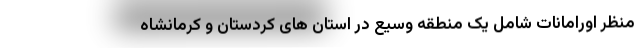
منظر اورامانات شامل یک منطقه وسیع در استان های کردستان و کرمانشاه